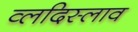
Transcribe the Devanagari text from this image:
व्लदिस्लाव